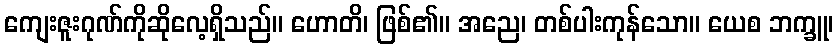
ကျေးဇူးဂုဏ်ကိုဆိုလေ့ရှိသည်။ ဟောတိ၊ ဖြစ်၏။ အညေ၊ တစ်ပါးကုန်သော။ ယေစ ဘက္ခူ၊